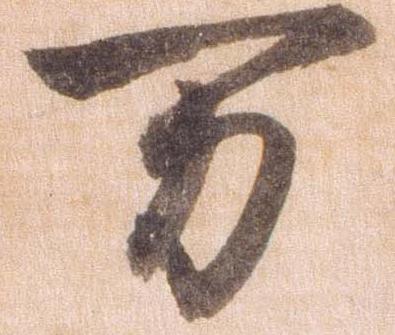
万